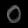
Digit: ၀